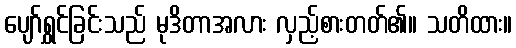
ပျော်ရွှင်ခြင်းသည် မုဒိတာအလား လှည့်စားတတ်၏။ သတိထား။